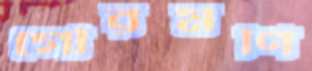
গৌরমণি